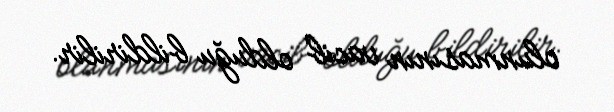
olunmasının vacib olduğu bildirilir.